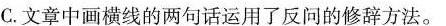
C.文章中画横线的两句话运用了反的修辞方法。